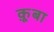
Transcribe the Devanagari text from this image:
क़ूबा